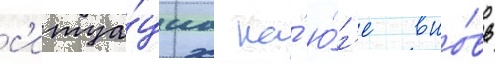
с'итуа́циа на́ ю́г'е вно́вь